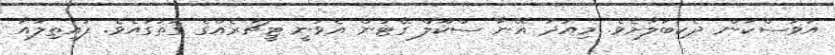
އަވަސްކަން ދެކިބަލާށެވެ. މިއަދު އޭނާ ސްކޫލް ގޭޓުން އެވަނީ ޓީޗަރެއްގެ ގޮތުގައެވެ. ފައިތިލައާ